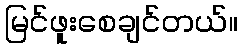
မြင်ဖူးစေချင်တယ်။